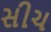
સીચ